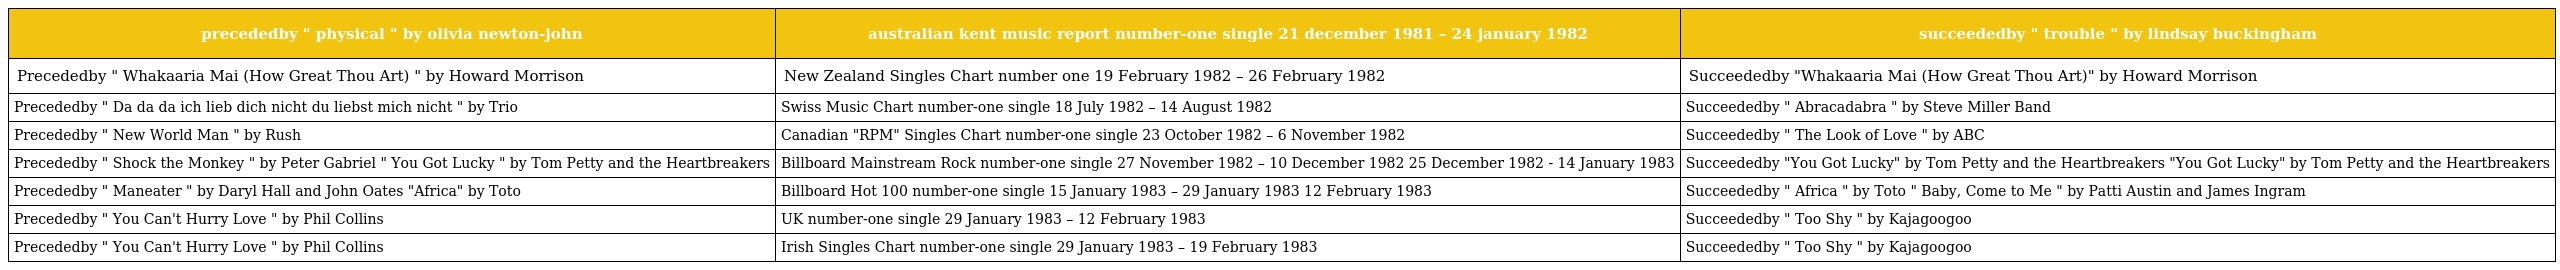
| precededby " physical " by olivia newton-john | australian kent music report number-one single 21 december 1981 – 24 january 1982 | succeededby " trouble " by lindsay buckingham |
 | --- | --- | --- |
 | Precededby " Whakaaria Mai (How Great Thou Art) " by Howard Morrison | New Zealand Singles Chart number one 19 February 1982 – 26 February 1982 | Succeededby "Whakaaria Mai (How Great Thou Art)" by Howard Morrison |
 | Precededby " Da da da ich lieb dich nicht du liebst mich nicht " by Trio | Swiss Music Chart number-one single 18 July 1982 – 14 August 1982 | Succeededby " Abracadabra " by Steve Miller Band |
 | Precededby " New World Man " by Rush | Canadian "RPM" Singles Chart number-one single 23 October 1982 – 6 November 1982 | Succeededby " The Look of Love " by ABC |
 | Precededby " Shock the Monkey " by Peter Gabriel " You Got Lucky " by Tom Petty and the Heartbreakers | Billboard Mainstream Rock number-one single 27 November 1982 – 10 December 1982 25 December 1982 - 14 January 1983 | Succeededby "You Got Lucky" by Tom Petty and the Heartbreakers "You Got Lucky" by Tom Petty and the Heartbreakers |
 | Precededby " Maneater " by Daryl Hall and John Oates "Africa" by Toto | Billboard Hot 100 number-one single 15 January 1983 – 29 January 1983 12 February 1983 | Succeededby " Africa " by Toto " Baby, Come to Me " by Patti Austin and James Ingram |
 | Precededby " You Can't Hurry Love " by Phil Collins | UK number-one single 29 January 1983 – 12 February 1983 | Succeededby " Too Shy " by Kajagoogoo |
 | Precededby " You Can't Hurry Love " by Phil Collins | Irish Singles Chart number-one single 29 January 1983 – 19 February 1983 | Succeededby " Too Shy " by Kajagoogoo |